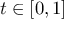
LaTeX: t \in [ 0 , 1 ]